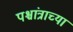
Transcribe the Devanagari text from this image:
पश्चांत्राच्या